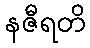
နဇီရတိ